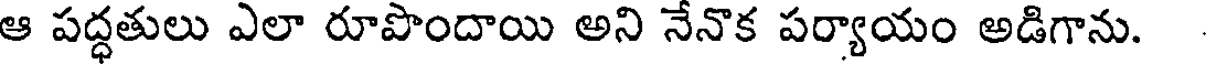
ఆ పద్ధతులు ఎలా రూపొందాయి అని నేనొక పర్యాయం అడిగాను.